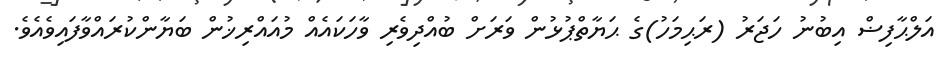
އަލްޙާފިޟް އިބުނު ހަޖަރު (ރަޙިމަހު)ގެ ޙަޔާތްޕުޅުން ވަރަށް ބުއްދިވެރި ވާހަކައެއް މުއައްރިޚުން ބަޔާންކުރައްވާފައިވެއެވެ.